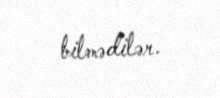
bilmədilər.